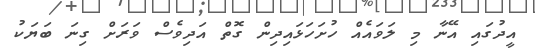
އީދުގައި އޭނާ މި ލަވައެއް ހުށަހަޅައިދިން ގޮތް އަދިވެސް ވަރަށް ގިނަ ބަޔަކު